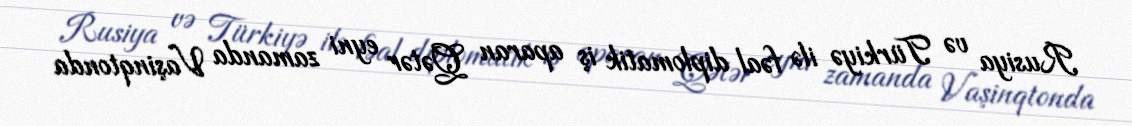
Rusiya və Türkiyə ilə fəal diplomatik iş aparan Qətər eyni zamanda Vaşinqtonda